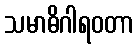
သမာဓိဂါရဝတာ